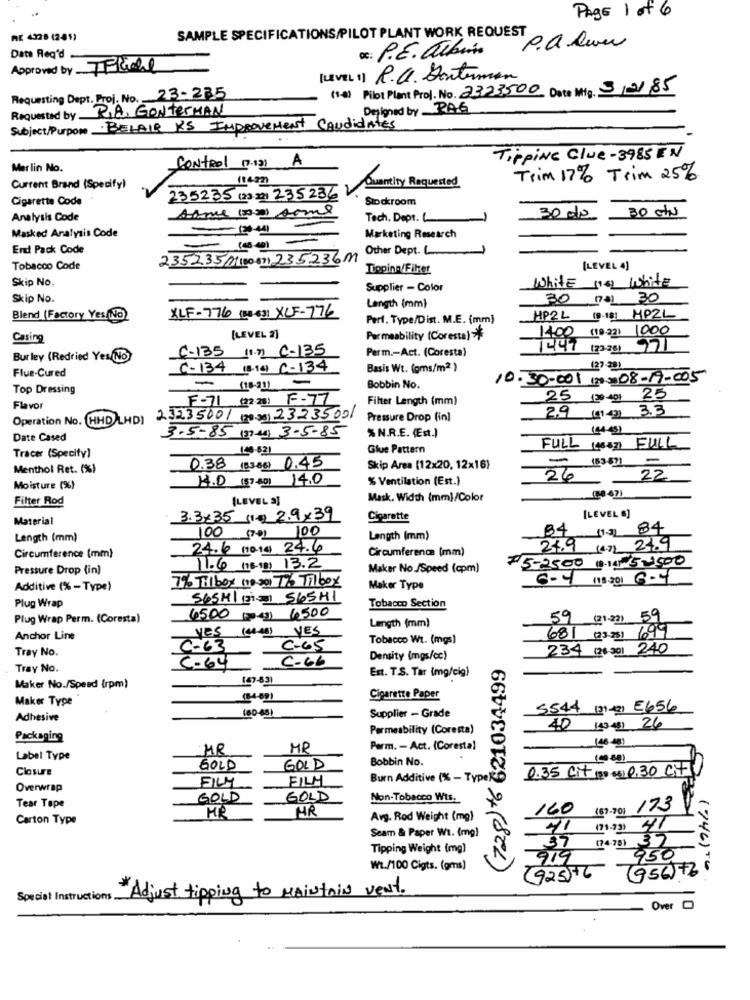
PAGE 1 of 6
SAMPLE SPECIFICATIONS/PILOT PLANT WORK REQUEST
RE 4328 (241)
os: P.E. albin
P.a. lever
Data Req'd .
Approved by 7Fiche
(LEVEL1) R.C. Dontuman
(1-3) Pilot Plant Proj. No. 2323500 Date Mig. 3/21/85
Requesting Dept. Proj. No. 23-235
P.A. GONTerMAN
Designed by __ PAS
Requested by.
Subject/Purpose BELAIR KS Improvement Candidates
TippiNe Clue-3985 EN
Merlin No.
Control [7131 A
Trim 17% Trim 25%
Current Brand (Specify)
Quantity Requested
Cigarette Code
235235 (2) 23) 235236
Stockroom
same tom toms
30 cts
Analysis Code
Tech. Dept.L
30 de
Masked Analysis Code
- --
Marketing Research
End Pack Code
Other Dept.
235235/(80 87) 235236m
Tobacco Code
Tipping/Filer
[LEVEL 4)
Skip No.
white non white
Supplier - Color
Skip No.
30 na1 30
Length (mm)
Blend (Factory Yes/No)
XLF-776 (B) 431 XCF-776
Perf. Type/Dist. M.E. (mm)
HP2L (9-18) MP2L
1400 (10-22) 1000
Casing
[LEVEL 2]
Permeability (Coresta) *
C-135 [1] c-135
Perm .- Act. (Coresta)
1447 123281
Burley (Redried Yes/No)
Flue-Cured
C-134 (8-16) C-134
Basis Wt. (gms/m2 )
(27-28)
10.30.001 (20 3) 08-19-005
Top Dressing
Bobbin No.
F-71 (2:23) F-77
Filter Length (mm)
25 (20 40) 25
Flavor
Operation No. HHD LHDI 23235001 (20.30) 23235001
Pressure Drop (in)
29 (41.42) 3.3
3-5-85 (me) 3-5-85
(44-431
Date Cased
% N.R.E. (Est.)
148-621
Glue Pattern
FULL (43-521 FULL
Tracer (Specify)
-
Menthol Ret. (%)
0.38 (33.86) 0.45
Skip Area (12x20, 12×16)
183671
H.D (57-40) 14.0
% Ventilation (Est.)
26
22
Moisture (%)
Filter Rod
[LEVEL 2]
Mask. Width (mm)/Color
Material
3.3.35 (1) 2.9x39
Cigarette
[LEVEL "]
100 (73) 100
84
11.31 84
Length (mm)
Length (mm)
24.6 (10.14) 24.6
Circumference (mm)
25.9 (6) 24.9
Circumference (mm)
Pressure Drop (in)
11.6 (16-18) 13.2
Maker No./Speed (cpm]
75-25.00 10.14 5500
6-4 113.201 6.4
Additive (% - Type)
7% Tilbox (10:301 Tb Tilbox
Maker Type
Plug Wrap
565HI (31) 565H1
Tobacco Section
Plug Wrap Perm. (Coresta)
4500 (04) 6500
59 (21.23) 59
yes (wo) YES
Length (mm)
Anchor Line
Tobacco Wt. (mgs)
681 (23-25) 699
C-63
C-45
234(26 301 240
Tray No.
C.64
C-66
Density (mgs/cc)
(728) +6 621034499
Tray No.
En. T.S. Tar (mg/cig)
Maker No./Speed (rpm)
Maker Type
Cigarette Paper
Supplier - Grade
5544 (31-42) E656
Adhesive
(60-48)
Permeability (Coresta)
40 (43-481 26
Packaging
146-48
MR
MR
Perm. - Act. (Coresta)
Label Type
Bobbin No.
Closure
GOLD
GOLD
0.35 Cit(3 ) 0,30 CH
FILM
FILM
Burn Additive (% - TypeRD
Overwrap
Tear Tope
GOLD
GOLD
Non-Tobacco Wis.
HR
160 (8)-70) 173
Carton Type
MR
Avg. Rod Weight (mg)
Seam & Paper Wi. (mg)
41 (11.73 41
(74-75)
Tipping Weight (mg)
919
950
Wt./100 Cigts. (gms)
(925)+6 (956) +2
(746) TO.
Adjust tipping to MAINTAIN vent.
Special Instructions.
Over C